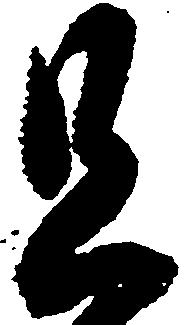
且